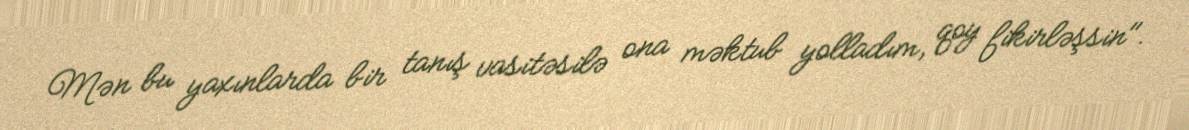
Mən bu yaxınlarda bir tanış vasitəsilə ona məktub yolladım, qoy fikirləşsin".